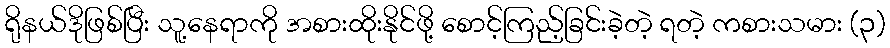
ရိုနယ်ဒိုဖြစ်ပြီး သူ့နေရာကို အစားထိုးနိုင်ဖို့ စောင့်ကြည့်ခြင်းခဲ့တဲ့ ရတဲ့ ကစားသမား (၃)